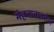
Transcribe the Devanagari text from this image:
मेहनातावरील